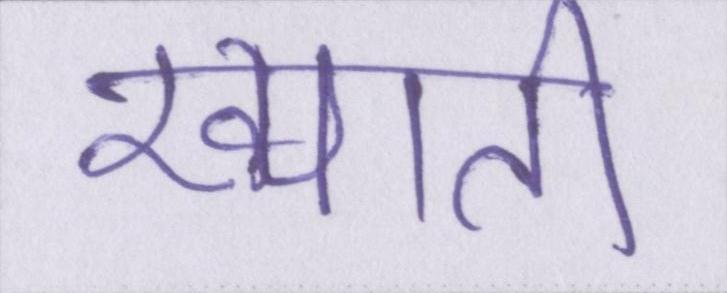
ख्याती